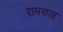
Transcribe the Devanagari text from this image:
रामसाह